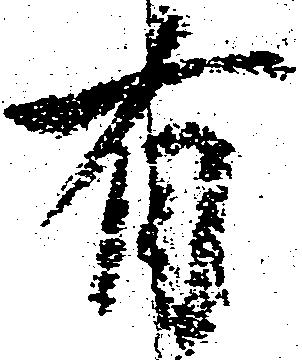
有